65_HS1-834228961_62-HQ-83894_Section_10
Agency: FBI
Page 5
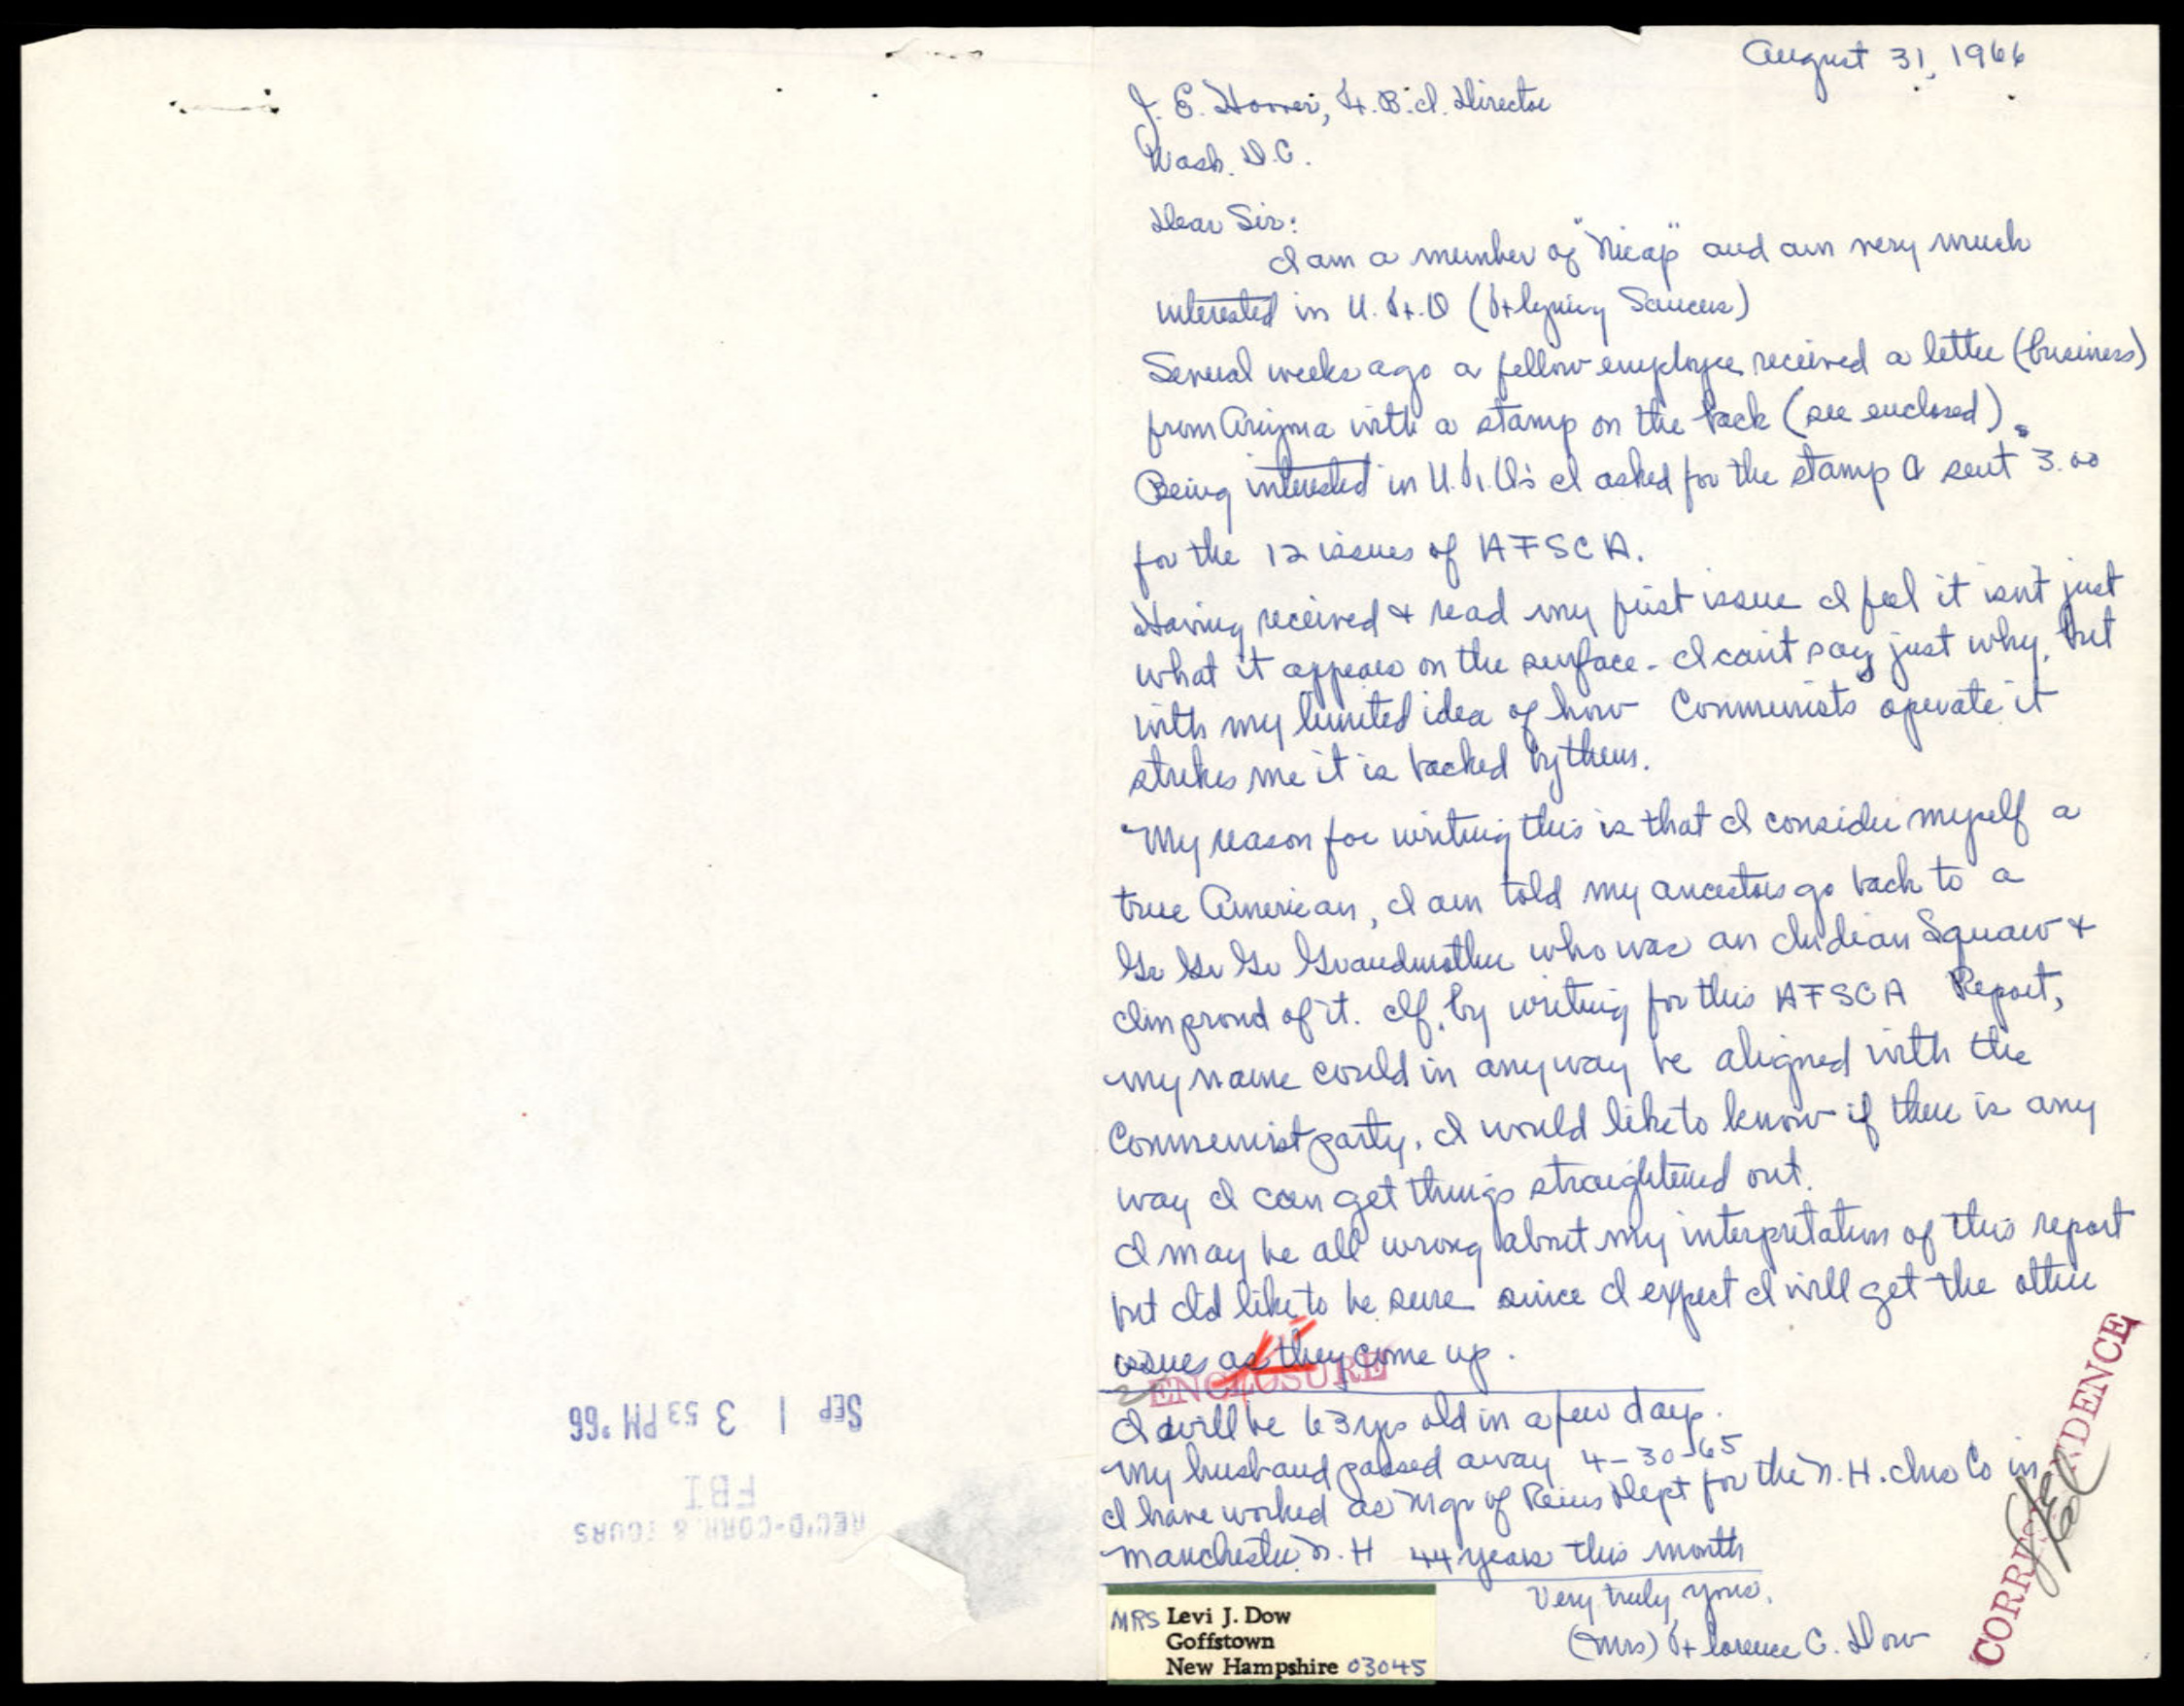